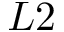
L 2